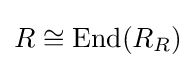
R\cong \mathrm {End} (R_{R})